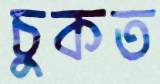
চুকত